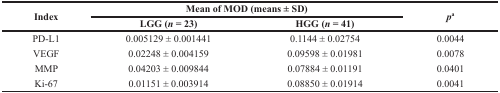
<table><thead><tr><td rowspan="2"><b>Index</b></td><td colspan="2"><b>Mean of MOD (means ± SD)</b></td><td rowspan="2"><b><i>p</i><sup>a</sup></b></td></tr><tr><td><b>LGG (<i>n</i> = 23)</b></td><td><b>HGG (<i>n</i> = 41)</b></td></tr></thead><tbody><tr><td>PD-L1</td><td>0.005129 ± 0.001441</td><td>0.1144 ± 0.02754</td><td>0.0044</td></tr><tr><td>VEGF</td><td>0.02248 ± 0.004159</td><td>0.09598 ± 0.01981</td><td>0.0078</td></tr><tr><td>MMP</td><td>0.04203 ± 0.009844</td><td>0.07884 ± 0.01191</td><td>0.0401</td></tr><tr><td>Ki-67</td><td>0.01151 ± 0.003914</td><td>0.08850 ± 0.01914</td><td>0.0041</td></tr></tbody></table>